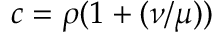
c = \rho ( 1 + ( \nu / \mu ) )